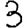
Digit: 3